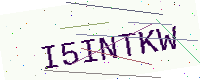
Text: I5INTKW